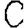
Digit: 0